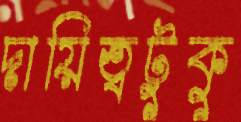
দায়িত্বটুকু